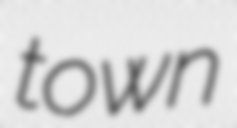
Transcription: town